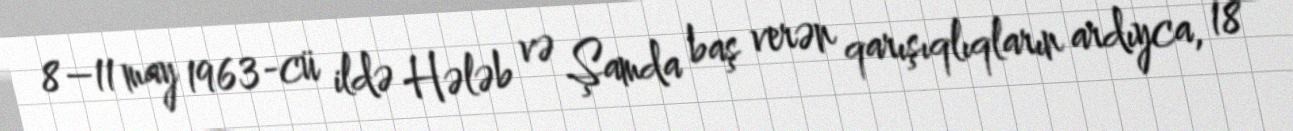
8–11 may 1963-cü ildə Hələb və Şamda baş verən qarışıqlıqların ardıyca, 18